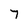
Character: 7